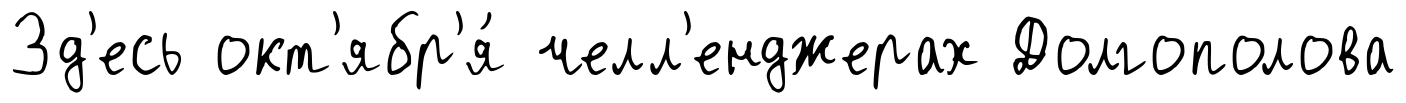
Зд'есь окт'ябр'я́ челл'енджерах Долгополова